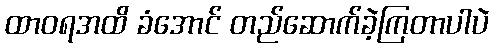
ထာဝရအထိ ခံအောင် တည်ဆောက်ခဲ့ကြတာပါပဲ